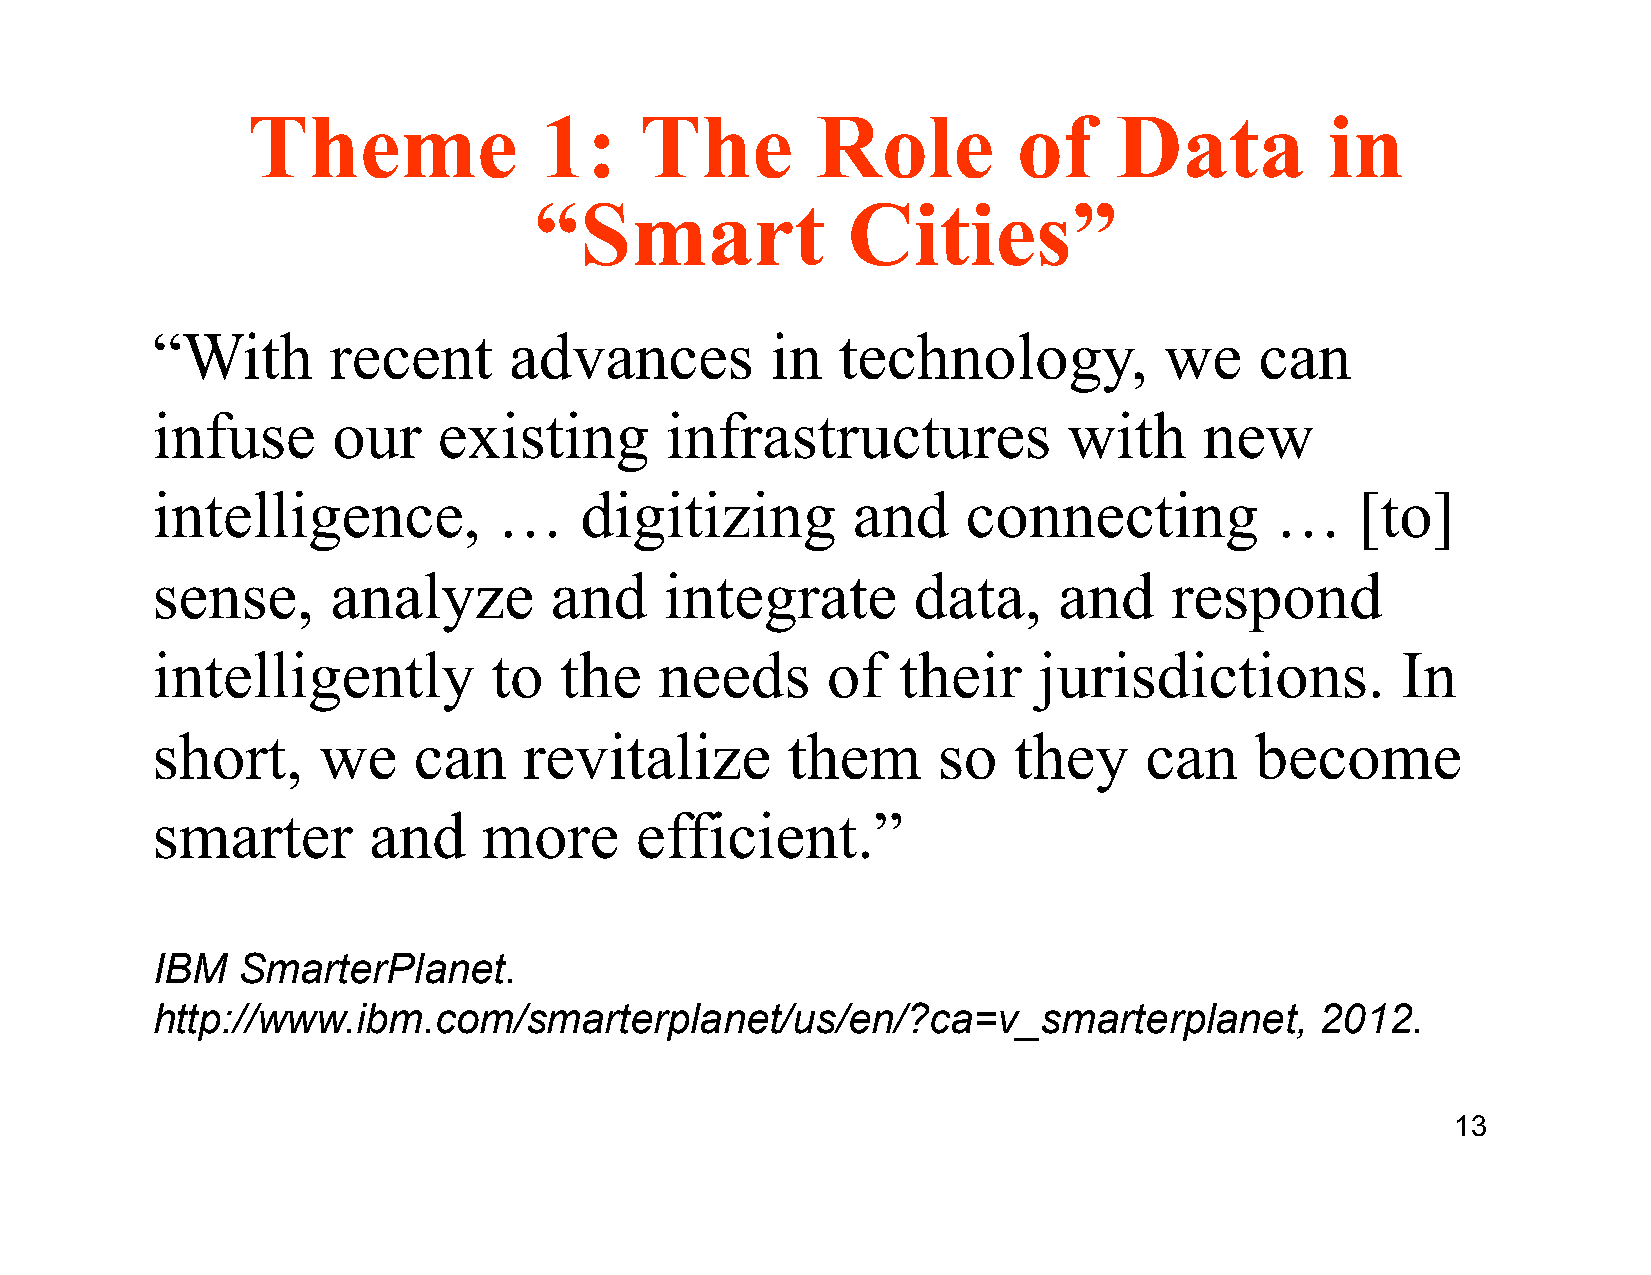
Theme               1:    The         Role         of     Data          in
 “Smart               Cities”
 “With       recent      advances         in   technology,          we    can
 infuse      our    existing       infrastructures            with     new
 intelligence,          …    digitizing        and     connecting          …     [to]
 sense,      analyze       and     integrate       data,     and    respond
 intelligently          to  the    needs      of  their     jurisdictions.          In
 short,     we    can     revitalize       them      so   they     can    become
 smarter       and     more      efficient.”
 IBM   SmarterPlanet.
 http://www.ibm.com/smarterplanet/us/en/?ca=v_smarterplanet,                  2012.
 13